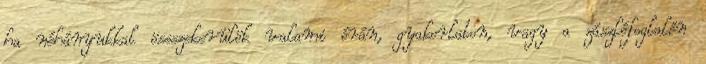
ha néhányukkal össszekerülök valami órán, gyakorlaton, vagy a zászlófoglalón